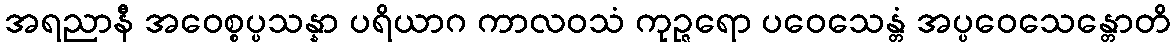
အရညာနီ အဝေစ္စပ္ပသန္နာ ပရိယာဂ ကာလဝသံ ကုဉ္ဇရော ပဝေသေန္တံ အပ္ပဝေသေန္တောတိ